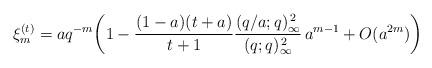
LaTeX: \begin{align*} \xi_{m}^{(t)}=aq^{-m}\!\left(1-\frac{(1-a)(t+a)}{t+1} \frac{(q/a;q)_{\infty}^{\,2}}{(q;q)_{\infty}^{\,2}}\, a^{m-1}+O(a^{2m})\right) \end{align*}